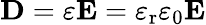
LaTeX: \mathbf{D}=\varepsilon\mathbf{E}=\varepsilon_{\mathrm{r}}\varepsilon_{0}\mathbf{E}